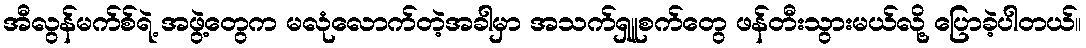
အီလွန်မက်စ်ရဲ့ အဖွဲ့တွေက မလုံလောက်တဲ့အခါမှာ အသက်ရှူစက်တွေ ဖန်တီးသွားမယ်လို့ ပြောခဲ့ပါတယ်။